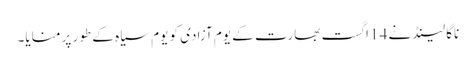
ناگا لینڈ نے 14 اگست بھارت کے یوم آزادی کو یوم سیاہ کے طور پر منایا۔